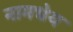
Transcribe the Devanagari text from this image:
नामधेय